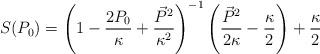
LaTeX: \begin{align*} S(P_{0})=\left(1 - \frac{2P_{0}}{\kappa} + \frac{\vec{P}^{2}}{\kappa^{2}}\right)^{-1} \left(\frac{\vec{P}^{2}}{2\kappa} - \frac{\kappa}{2}\right) + \frac{\kappa}{2}\end{align*}